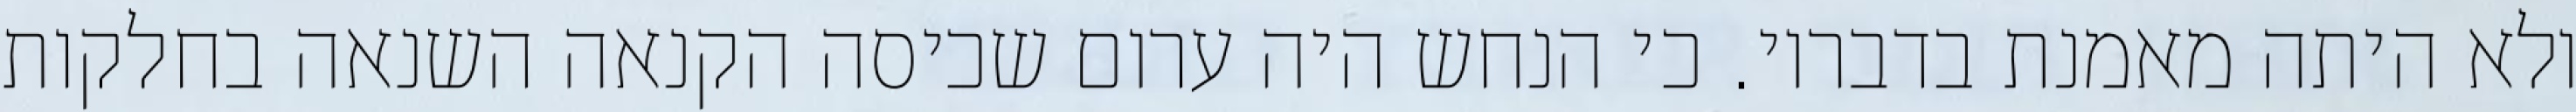
ולא היתה מאמנת בדבריו. כי הנחש היה ערום שכיסה הקנאה השנאה בחלקות